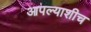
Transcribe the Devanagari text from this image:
आपल्याशीच